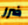
ضرر